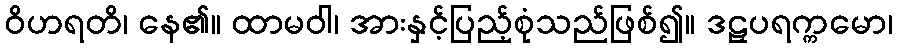
ဝိဟရတိ၊ နေ၏။ ထာမဝါ၊ အားနှင့်ပြည့်စုံသည်ဖြစ်၍။ ဒဠှပရက္ကမော၊